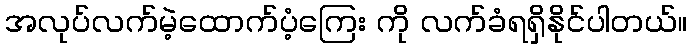
အလုပ်လက်မဲ့ထောက်ပံ့ကြေး ကို လက်ခံရရှိနိုင်ပါတယ်။